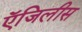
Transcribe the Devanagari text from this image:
ऍजिलीस